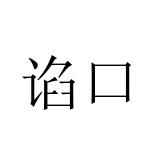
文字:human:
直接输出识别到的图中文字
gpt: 谄口